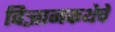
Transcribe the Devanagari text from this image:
विज्ञानकथेचे